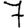
Digit: 7